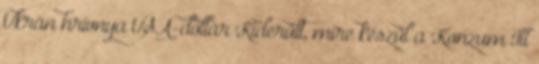
Ukrán hrivnya USA-dollár Kiderült, mire készül a Konzum Itt